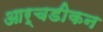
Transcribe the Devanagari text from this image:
आर्चडीकन